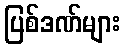
ပြစ်ဒဏ်များ